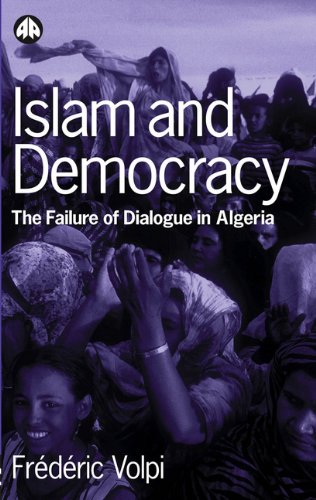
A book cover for Islam and Democracy: The Failure of Dialogue in Algeria; Frederic Volpi; History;